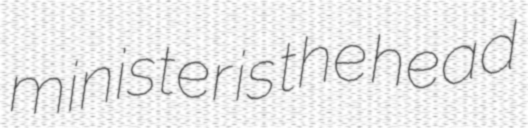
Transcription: minister is the head